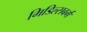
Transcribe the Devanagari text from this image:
मिडिल्सबर्ग